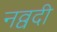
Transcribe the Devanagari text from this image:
नव्वदी